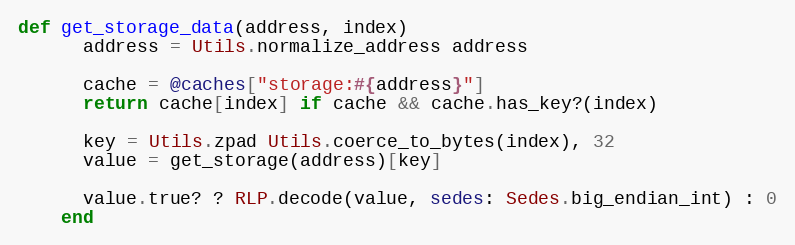
Language: Ruby
def get_storage_data(address, index)
      address = Utils.normalize_address address

      cache = @caches["storage:#{address}"]
      return cache[index] if cache && cache.has_key?(index)

      key = Utils.zpad Utils.coerce_to_bytes(index), 32
      value = get_storage(address)[key]

      value.true? ? RLP.decode(value, sedes: Sedes.big_endian_int) : 0
    end